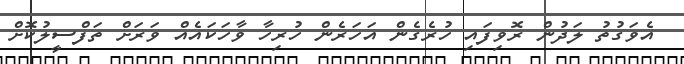
އެވަގުތު ލަދުން ރޮވިފައި ހުރެގެން އަހަރެން ހުރިހާ ވާހަކައެއް ވަރަށް ތަފްސީލުކޮށް